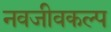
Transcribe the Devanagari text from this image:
नवजीवकल्प